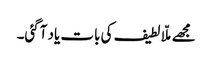
مجھے ملّا لطیف کی بات یاد آگئی۔